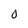
Character: 0